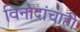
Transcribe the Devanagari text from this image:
विनोदांचाही